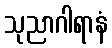
သုညာဂါရာနံ